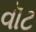
વૉટ